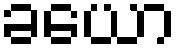
ခယော